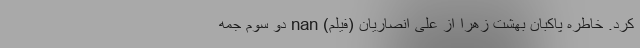
کرد. خاطره پاکبان بهشت زهرا از علی انصاریان (فیلم) nan دو سوم جمه